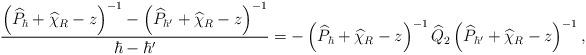
LaTeX: \begin{align*}\frac{\left( \widehat{P}_\hbar +\widehat{\chi}_{R}-z\right)^{-1}-\left( \widehat{P}_{\hbar'} +\widehat{\chi}_{R}-z\right)^{-1}}{\hbar-\hbar'}=-\left( \widehat{P}_\hbar +\widehat{\chi}_{R}-z\right)^{-1}\widehat{Q}_2\left( \widehat{P}_{\hbar'} +\widehat{\chi}_{R}-z\right)^{-1},\end{align*}